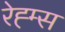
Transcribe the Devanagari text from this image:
रेह्म्स